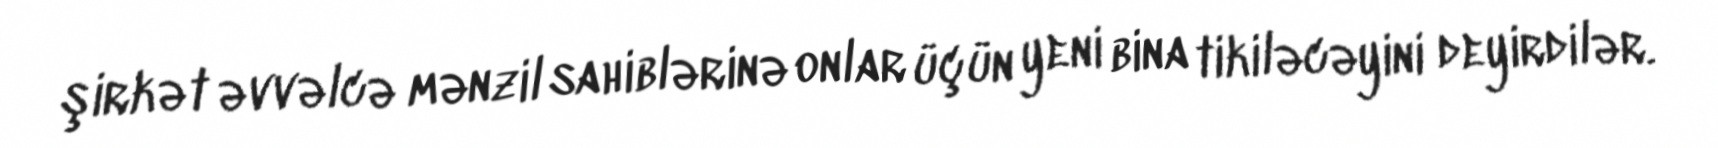
şirkət əvvəlcə mənzil sahiblərinə onlar üçün yeni bina tikiləcəyini deyirdilər.